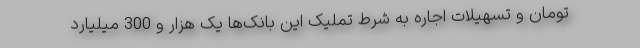
تومان و تسهیلات اجاره به شرط تملیک این بانک‌ها یک هزار و 300 میلیارد